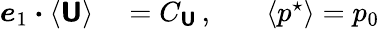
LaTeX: \begin{array}{rlrl}{\boldsymbol{e}_{1}\boldsymbol{\cdot}\langle\boldsymbol{\mathsf{U}}\rangle}&{{}=C_{\boldsymbol{\mathsf{U}}}\, ,}&{}&{{}\langle p^{\star}\rangle=p_{0}}\end{array}